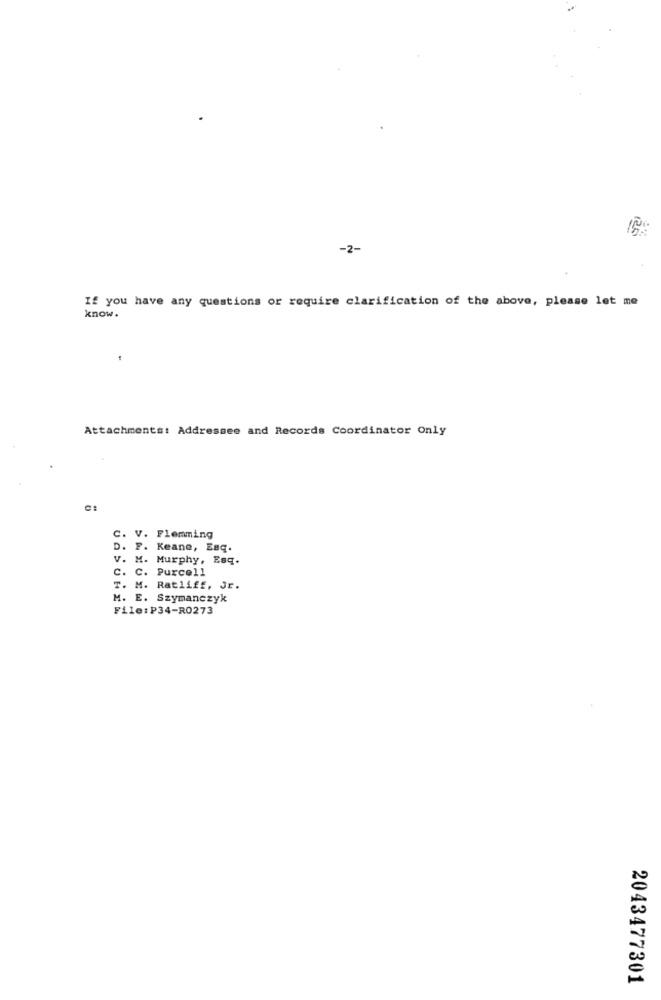
-2-
If you have any questions or require clarification of the above, please let me
know.
Attachments: Addressee and Records Coordinator Only
C. V. Flemming
D. F. Keane, Esq.
V. M. Murphy, Esq.
C. C. Purcell
T. M. Ratliff, Jr.
M. E. Szymanczyk
File:P34-R0273
2043477301